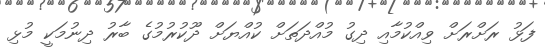
ފަޅު ރަށްރަށް ވިއްކުމާއި ދިގު މުއްދަތަށް ކުއްޔަށް ދޫކުރުމުގެ ބާރު ދިނުމަކީ މުޅި